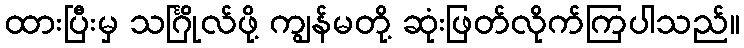
ထားပြီးမှ သင်္ဂြိုလ်ဖို့ ကျွန်မတို့ ဆုံးဖြတ်လိုက်ကြပါသည်။